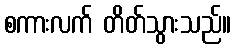
စကားလက် တိတ်သွားသည်။